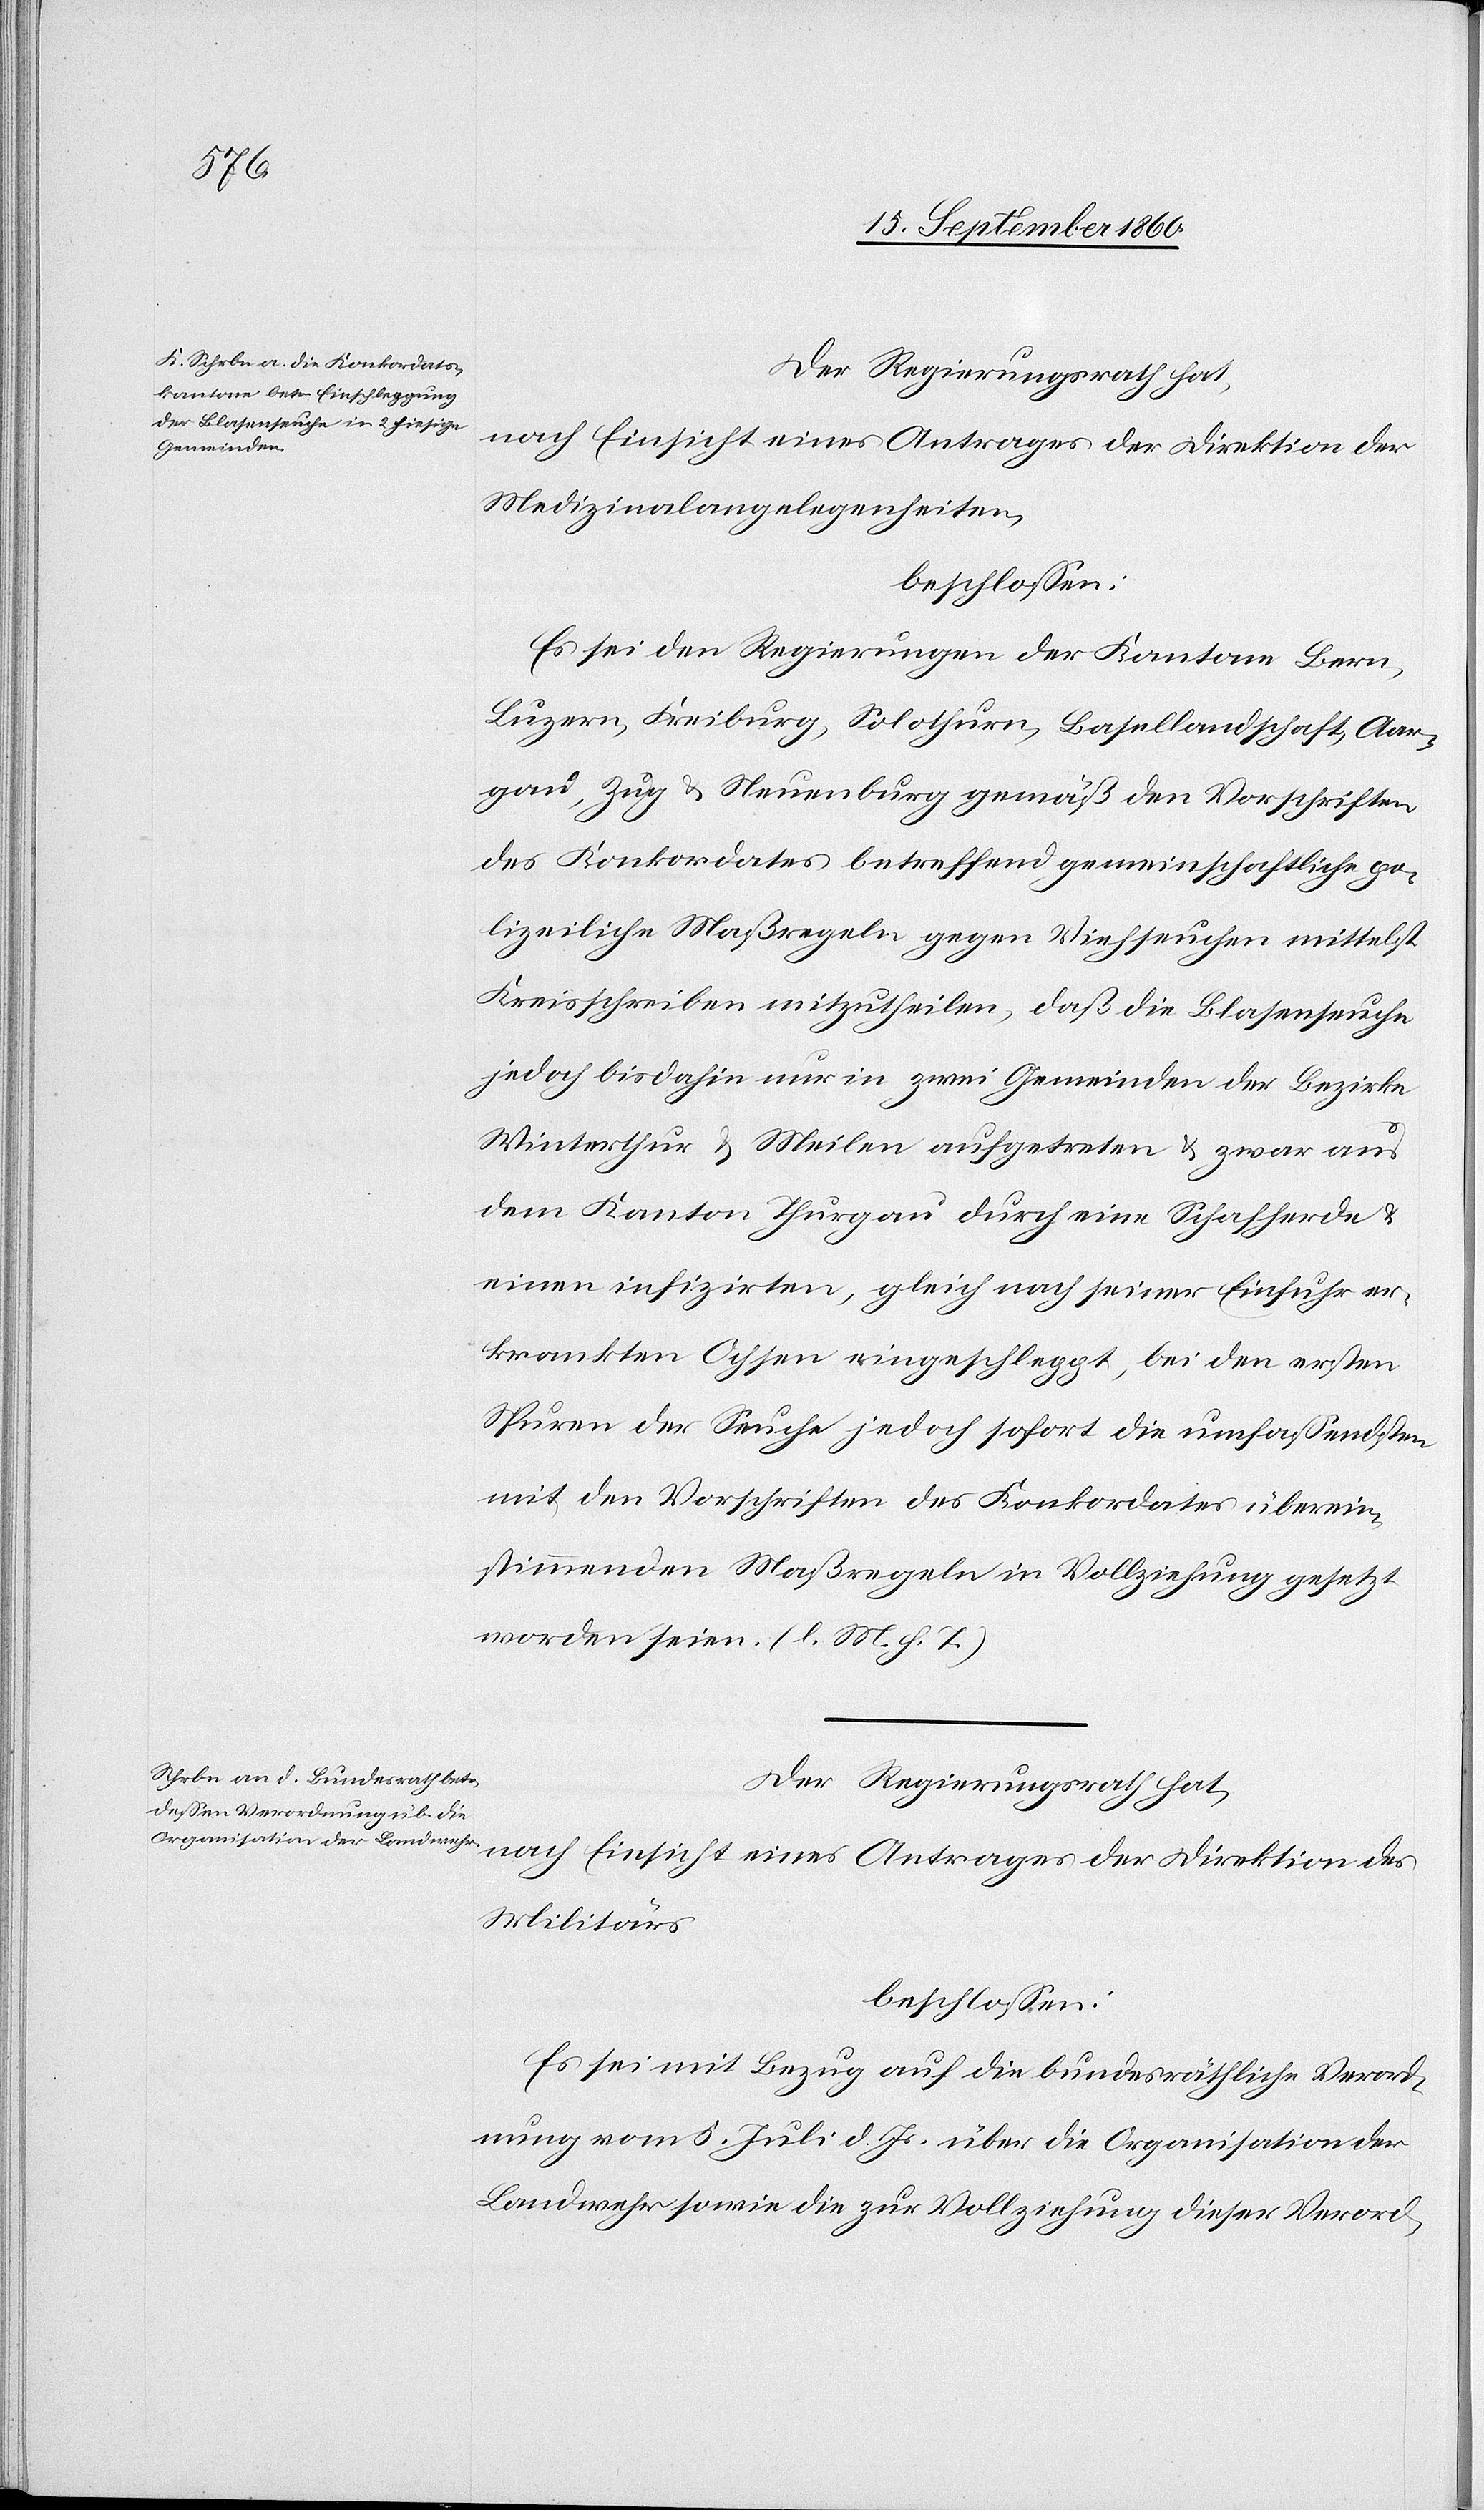
Der Regierungsrath hat,
nach Einsicht eines Antrages der Direktion der
Medizinalangelegenheiten,
beschlossen:
Es sei den Regierungen der Kantone Bern,
Luzern, Freiburg, Solothurn, Basellandschaft, Aar¬
gau, Zug u. Neuenburg gemäß den Vorschriften
des Konkordates betreffend gemeinschaftliche Po¬
lizeiliche Maßregeln gegen Viehseuchen mittelst
Kreisschreiben mitzutheilen, daß die Blasenseuche
jedoch bisdahin nur in zwei Gemeinden der Bezirke
Winterthur & Meilen aufgetreten & zwar aus
dem Kanton Thurgau durch eine Schafherde &
einen inifzirten, gleich nach seiner Einfuhr er¬
krankten Ochsen eingeschleppt, bei den ersten
Spuren der Seuche jedoch sofort die umfassendsten
mit den Vorschriften des Konkordates überein¬
stimmenden Maßregeln in Vollziehung gesetzt
worden seien. (l. M. h. T.)
Der Regierungsrath hat,
nach Einsicht eines Antrages der Direktion des
Militärs
beschlossen:
Es sei mit Bezug auf die bundesräthliche Verord¬
nung vom 5. Juli d. Js. über die Organisation der
Landwehr sowie die zur Vollziehung dieser Verord-